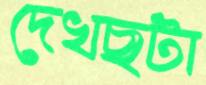
দেখছটা